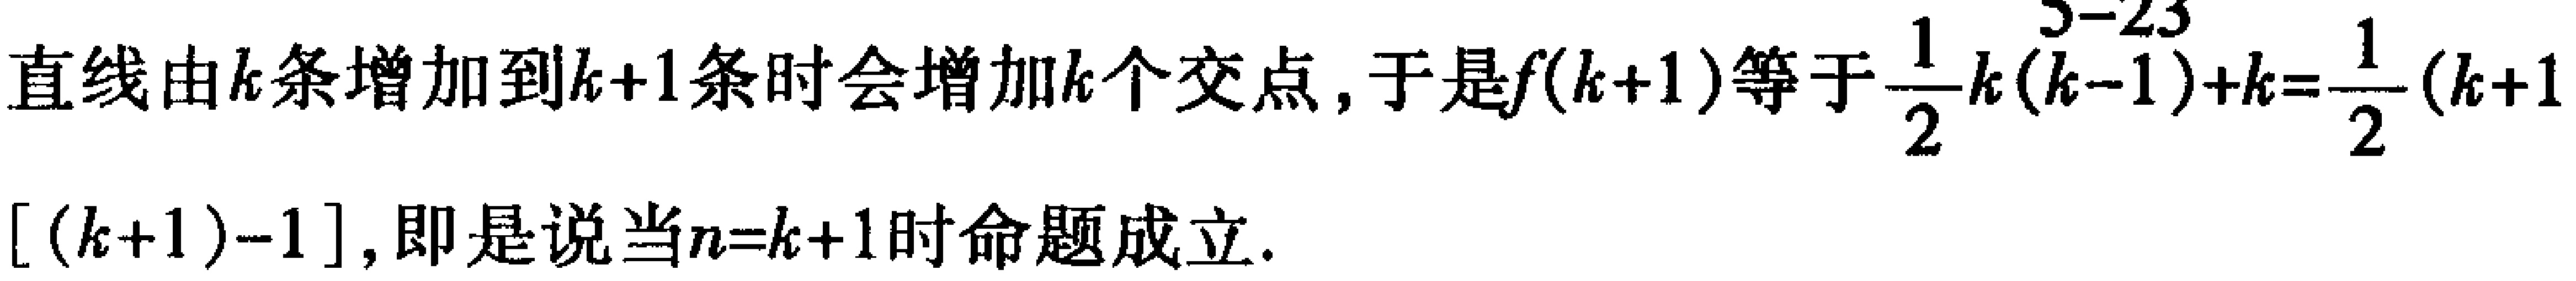
直线由\(k\)条增加到\(k + 1\)条时会增加\(k\)个交点，于是\(f(k + 1)\)等于\(\frac{1}{2}k(k - 1)+k=\frac{1}{2}(k + 1)[(k + 1)-1]\)，即是说当\(n = k + 1\)时命题成立.